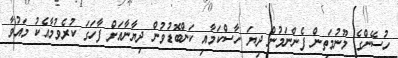
ހުސޭންގެ މޫނުމަތިން ފެންނަމުން ދިޔަ ހާސްކަމާއި ކަންބޮޑުވުން ދިޔާނާއަށް ފާހަގަ ކުރެވުމާއެކު މައުވާ